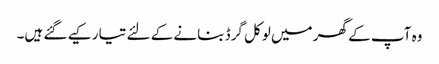
وہ آپ کے گھر میں لوکل گرڈ بنانے کے لئے تیار کیے گئے ہیں۔